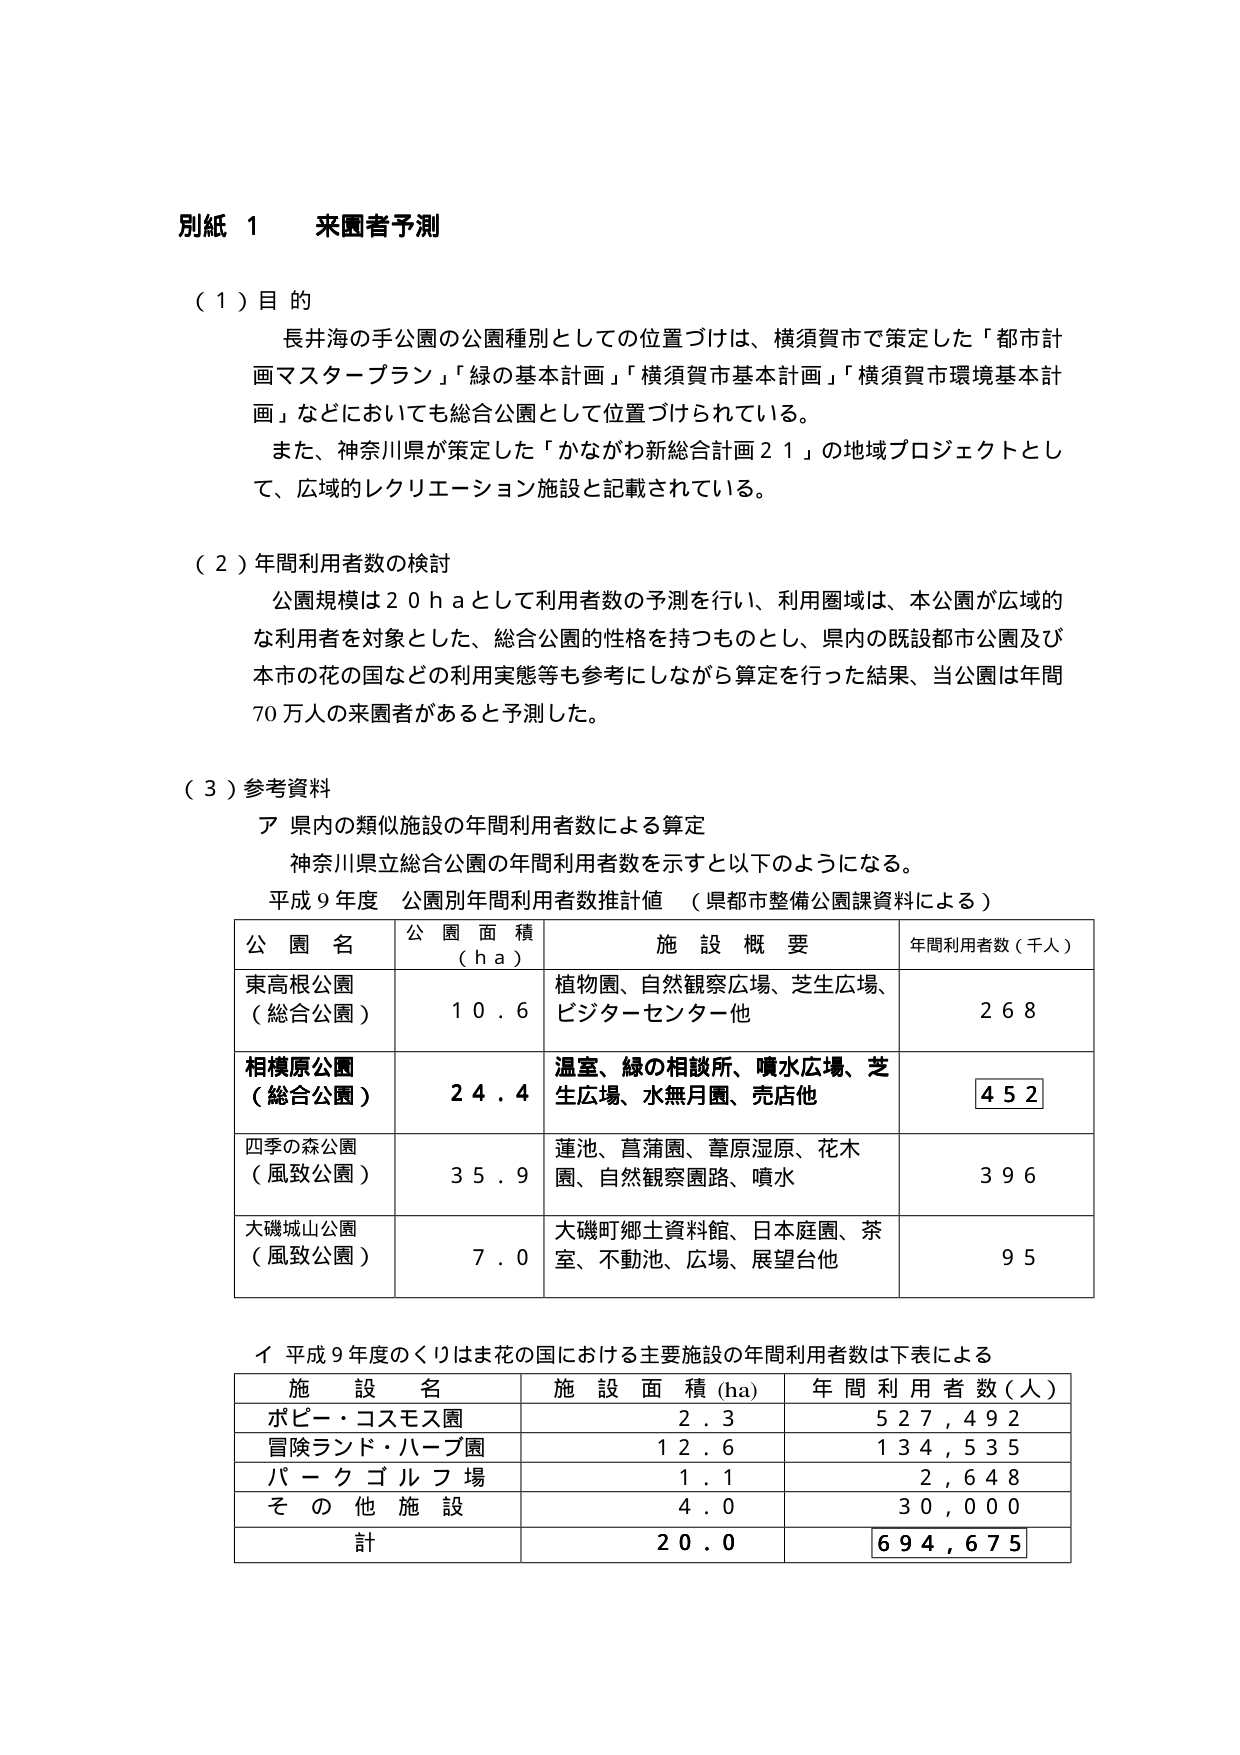
別紙 1 来園者予測

（１）目的
長井海の手公園の公園種別としての位置づけは、横須賀市で策定した「都市計画マスタープラン」「緑の基本計画」「横須賀市基本計画」「横須賀市環境基本計画」などにおいても総合公園として位置づけられている。
また、神奈川県が策定した「かながわ新総合計画２１」の地域プロジェクトとして、広域的レクリエーション施設と記載されている。

（２）年間利用者数の検討
公園規模は２０ｈａとして利用者数の予測を行い、利用圏域は、本公園が広域的な利用者を対象とした、総合公園的性格を持つものとし、県内の既設都市公園及び本市の花の国などの利用実態等も参考にしながら算定を行った結果、当公園は年間７０万人の来園者があると予測した。

（３）参考資料
ア 県内の類似施設の年間利用者数による算定
神奈川県立総合公園の年間利用者数を示すと以下のようになる。
平成９年度 公園別年間利用者数推計値 （県都市整備公園課資料による）

公 園 名　　　　　公 園 面 積（ｈａ）　　　施 設 概 要　　　　　　　　　年間利用者数（千人）
東高根公園　　　　１０．６　　　　　植物園、自然観察広場、芝生広場、　　　　２６８
（総合公園）　　　　　　　　　　　ビジターセンター他
相模原公園　　　　２４．４　　　　　温室、緑の相談所、噴水広場、芝　　　　４５２
（総合公園）　　　　　　　　　　　生広場、水無月園、売店他
四季の森公園　　　３５．９　　　　　蓮池、菖蒲園、葦原湿原、花木　　　　３９６
（風致公園）　　　　　　　　　　　園、自然観察園路、噴水
大磯城山公園　　　７．０　　　　　　大磯町郷土資料館、日本庭園、茶　　　　９５
（風致公園）　　　　　　　　　　　室、不動池、広場、展望台他

イ 平成９年度のくりはま花の国における主要施設の年間利用者数は下表による

施 設 名　　　　　施 設 面 積（ha）　　　年 間 利 用 者 数（人）
ポピー・コスモス園　　　　　２．３　　　　　　５２７，４９２
冒険ランド・ハーブ園　　　１２．６　　　　　　１３４，５３５
パークゴルフ場　　　　　　１．１　　　　　　２，６４８
そ の 他 施 設　　　　　　４．０　　　　　　３０，０００
計　　　　　　　　　　　　２０．０　　　　　６９４，６７５